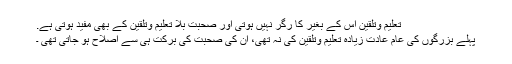
تعلیم وتلقین اس کے بغیر کا رگر نہیں ہوتی اور صحبت بلا تعلیم وتلقین کے بھی مفید ہوتی ہے.
پہلے بزرگوں کی عام عادت زیادہ تعلیم وتلقین کی نہ تھی، ان کی صحبت کی برکت ہی سے اصلاح ہو جاتی تھی ۔